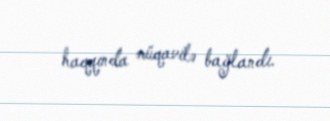
haqqında müqavilə bağlandı.